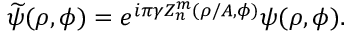
\widetilde { \psi } ( \rho , \phi ) = e ^ { i \pi \gamma Z _ { n } ^ { m } ( \rho / A , \phi ) } \psi ( \rho , \phi ) .